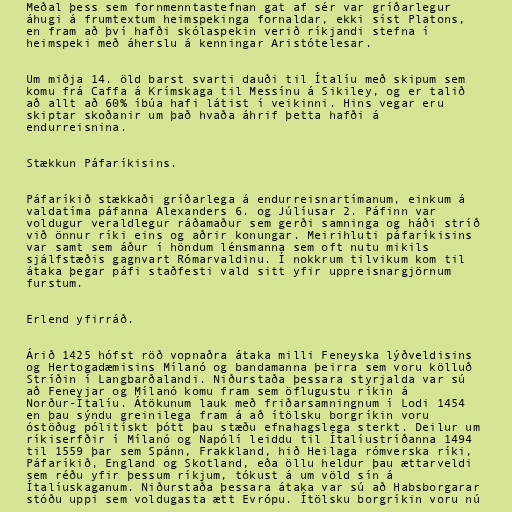
Meðal þess sem fornmenntastefnan gat af sér var gríðarlegur
áhugi á frumtextum heimspekinga fornaldar, ekki síst Platons,
en fram að því hafði skólaspekin verið ríkjandi stefna í
heimspeki með áherslu á kenningar Aristótelesar.

Um miðja 14. öld barst svarti dauði til Ítalíu með skipum sem
komu frá Caffa á Krímskaga til Messínu á Sikiley, og er talið
að allt að 60% íbúa hafi látist í veikinni. Hins vegar eru
skiptar skoðanir um það hvaða áhrif þetta hafði á
endurreisnina.

Stækkun Páfaríkisins.

Páfaríkið stækkaði gríðarlega á endurreisnartímanum, einkum á
valdatíma páfanna Alexanders 6. og Júlíusar 2. Páfinn var
voldugur veraldlegur ráðamaður sem gerði samninga og háði stríð
við önnur ríki eins og aðrir konungar. Meirihluti páfaríkisins
var samt sem áður í höndum lénsmanna sem oft nutu mikils
sjálfstæðis gagnvart Rómarvaldinu. Í nokkrum tilvikum kom til
átaka þegar páfi staðfesti vald sitt yfir uppreisnargjörnum
furstum.

Erlend yfirráð.

Árið 1425 hófst röð vopnaðra átaka milli Feneyska lýðveldisins
og Hertogadæmisins Mílanó og bandamanna þeirra sem voru kölluð
Stríðin í Langbarðalandi. Niðurstaða þessara styrjalda var sú
að Feneyjar og Mílanó komu fram sem öflugustu ríkin á
Norður-Ítalíu. Átökunum lauk með friðarsamningnum í Lodi 1454
en þau sýndu greinilega fram á að ítölsku borgríkin voru
óstöðug pólitískt þótt þau stæðu efnahagslega sterkt. Deilur um
ríkiserfðir í Mílanó og Napólí leiddu til Ítalíustríðanna 1494
til 1559 þar sem Spánn, Frakkland, hið Heilaga rómverska ríki,
Páfaríkið, England og Skotland, eða öllu heldur þau ættarveldi
sem réðu yfir þessum ríkjum, tókust á um völd sín á
Ítalíuskaganum. Niðurstaða þessara átaka var sú að Habsborgarar
stóðu uppi sem voldugasta ætt Evrópu. Ítölsku borgríkin voru nú